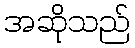
အဆိုသည်